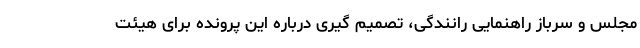
مجلس و سرباز راهنمایی رانندگی، تصمیم گیری درباره این پرونده برای هیئت